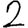
Digit: 2